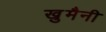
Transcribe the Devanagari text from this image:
खु़मैनी